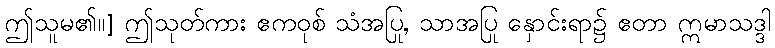
ဤသူမ၏။] ဤသုတ်ကား ဧကဝုစ် သံအပြု, သာအပြု နှောင်းရာ၌ ဧတာ ဣမာသဒ္ဒါ